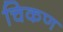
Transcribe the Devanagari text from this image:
चिकण